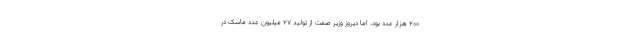
۲۰۰ هزار عدد بود، اما دیروز وزیر صمت از تولید ۲۷ میلیون عدد ماسک در